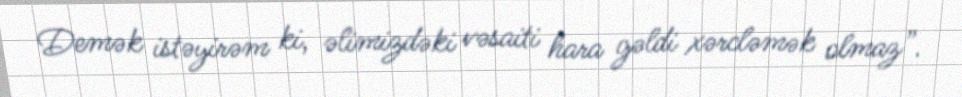
Demək istəyirəm ki, əlimizdəki vəsaiti hara gəldi xərcləmək olmaz”.